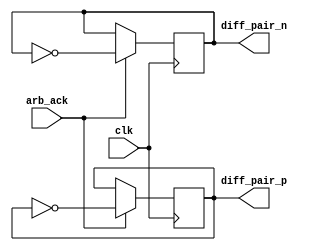

`timescale 1ns / 1ps

/* '''
Documentation

    ophu - outport protocol handler unit
 '''*/

module ophu
	(
		input wire clk,
    // --- inputs --- //
		input wire arb_ack,
    // --- outputs --- //
		output wire diff_pair_p,
		output wire diff_pair_n
	);

// --- Signal  --- //
    reg	diff_pair_p_reg = 1'b1;
    reg	diff_pair_n_reg = 1'b0;




// --- differential par handler --- //
    // --- memory logic --- //
    always @(posedge clk)
        if (arb_ack) 
            begin
       		    diff_pair_p_reg <= ~diff_pair_p_reg;
       		    diff_pair_n_reg <= ~diff_pair_n_reg;
       	    end
        else
            begin
       		    diff_pair_p_reg <= diff_pair_p_reg;
       		    diff_pair_n_reg <= diff_pair_n_reg;
       	    end

    // --- output logic --- //
    assign	diff_pair_p = diff_pair_p_reg;
    assign	diff_pair_n = diff_pair_n_reg;


endmodule